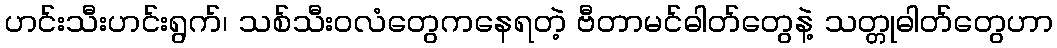
ဟင်းသီးဟင်းရွက်၊ သစ်သီးဝလံတွေကနေရတဲ့ ဗီတာမင်ဓါတ်တွေနဲ့ သတ္တုဓါတ်တွေဟာ